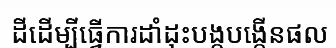
ដីដើម្បីធ្វើការដាំដុះបង្កបង្កើនផល